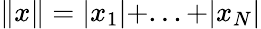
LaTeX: \| x\| =|x_{1}|+...+|x_{N}|